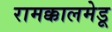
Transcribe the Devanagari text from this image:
रामक्कालमेडू